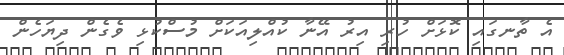
އެ ތާނގައި ކޮޅަށް ހުރި އިރު އޭނާ ކުއްލިއަކަށް މުސްކުޅި ވެގެން ދިޔަހެން